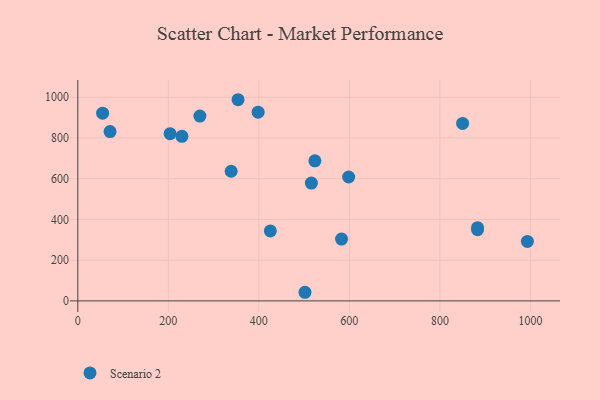
{"axis": {"x": "Investment", "y": "Fuel Efficiency"}, "legend": ["Scenario 2"], "data": [{"x": "269.7", "y": 907.3, "type": "Scenario 2"}, {"x": "883.2", "y": 349.3, "type": "Scenario 2"}, {"x": "354.0", "y": 987.7, "type": "Scenario 2"}, {"x": "230.0", "y": 808.2, "type": "Scenario 2"}, {"x": "850.2", "y": 871.5, "type": "Scenario 2"}, {"x": "523.8", "y": 687.5, "type": "Scenario 2"}, {"x": "993.3", "y": 292.0, "type": "Scenario 2"}, {"x": "203.9", "y": 821.1, "type": "Scenario 2"}, {"x": "398.4", "y": 926.4, "type": "Scenario 2"}, {"x": "598.4", "y": 608.4, "type": "Scenario 2"}, {"x": "883.2", "y": 359.3, "type": "Scenario 2"}, {"x": "582.7", "y": 303.3, "type": "Scenario 2"}, {"x": "54.8", "y": 921.6, "type": "Scenario 2"}, {"x": "425.4", "y": 343.5, "type": "Scenario 2"}, {"x": "516.0", "y": 578.6, "type": "Scenario 2"}, {"x": "71.2", "y": 831.2, "type": "Scenario 2"}, {"x": "501.9", "y": 42.3, "type": "Scenario 2"}, {"x": "338.8", "y": 636.5, "type": "Scenario 2"}]}